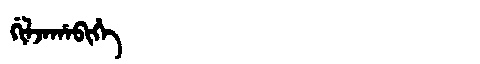
Manchu: ᡤᡳᠯᠵᠠᡥᠠᠪᡳᡥᡝ
Romanization: GILJAHABIHE